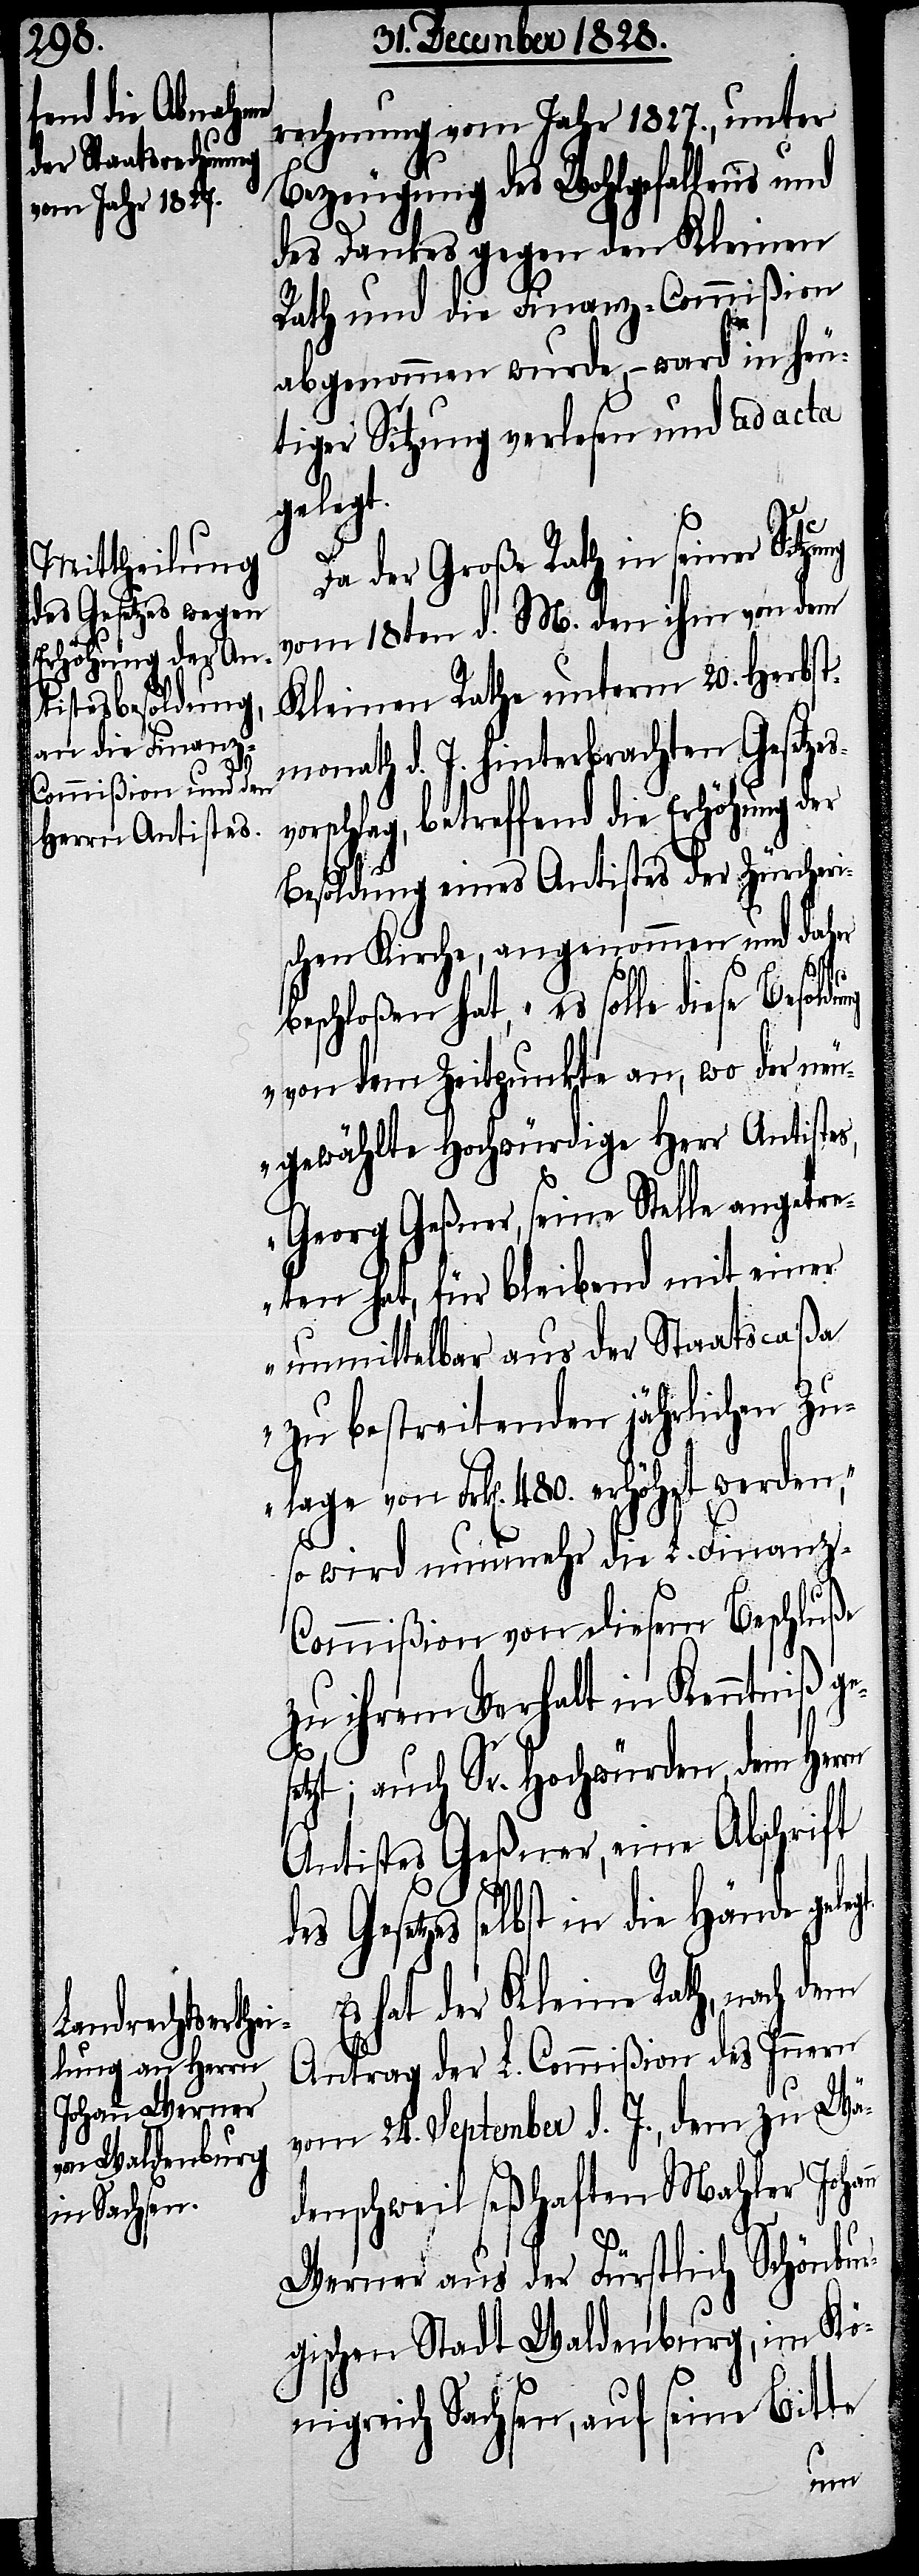
rechnung vom Jahr 1827., unter
Bezeugung des Wohlgefallens und
des Dankes gegen den Kleinen
Rath und die Finanz-Commißion
abgenommen wurde, – ward in heu¬
tiger Sitzung verlesen und ad acta
gelegt.
Da der Große Rath in seiner Sitz¬
vom 18ten d. M. den ihm von dem
Kleinen Rathe unterm 20. Herbst¬
monath d. J. hinterbrachten Gesetze¬
schlag, betreffend die Erhöhung
Besoldung eines Antistes der Zürcheri¬
schen Kirche, angenommen und daher
beschloßen hat, „es solle diese Besold¬
von dem Zeitpunkte an, wo der neu¬
gewählte Hochwürdige Herr Antistes,
Georg Geßner, seine Stelle angetre¬
ten hat, für bleibend mit einer
unmittelbar aus der Staatscaßa
zu bestreitenden jährlichen Zu¬
lage von Frk[en]. 480. erhöhet werden,“
so wird nunmehr die L. Finanz-C¬
ommißion von diesem Beschluße
zu ihrem Verhalt in Kenntniß ge¬
setzt; auch Sr. Hochwürden, dem Herrn
Antistes Geßner, eine Abschrift
des Gesetzes selbst in die Hände
Es hat der Kleine Rath, nach dem
Antrag der L. Commißion des Innern
vom 24. September d. J., dem zu Wä¬
denschweil seßhaften Mahler Joh¬
Werner aus der Fürstlich Schönenbu¬
rgischen Stadt Waldenburg, im Kö¬
nigreich Sachsen, auf seine Bitte
ann